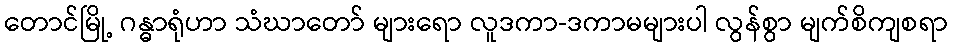
တောင်မြို့ ဂန္ဓာရုံဟာ သံဃာတော် များရော လူဒကာ-ဒကာမများပါ လွန်စွာ မျက်စိကျစရာ